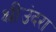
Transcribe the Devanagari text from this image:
श्रीउंदरा